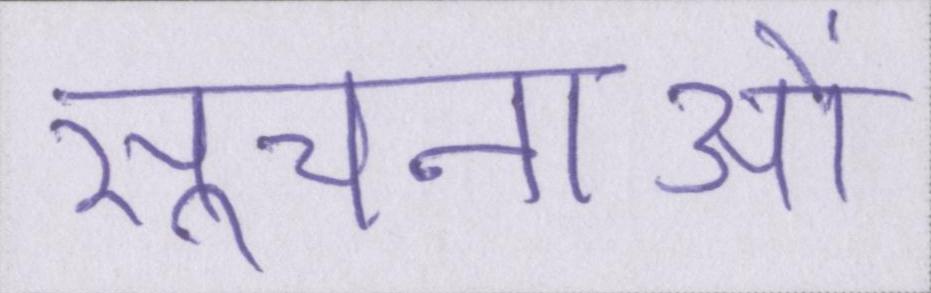
सूचनाओं